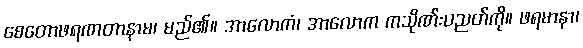
စေတောဖရဏတာနာမ၊ မည်၏။ အာလောကံ၊ အာလောက ကသိုဏ်းပညတ်ကို။ ဖရမာနာ၊